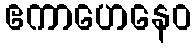
ဧကာဟေနေဝ